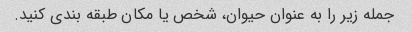
جمله زیر را به عنوان حیوان، شخص یا مکان طبقه بندی کنید.